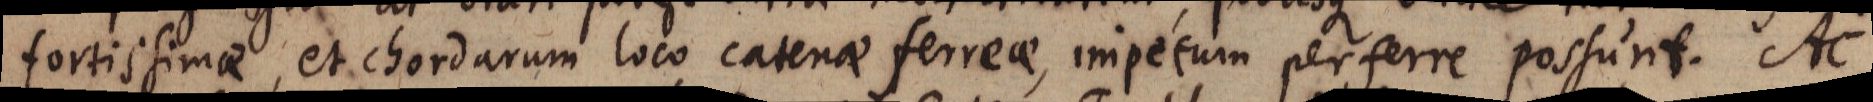
fortissimae, et chordarum loco catenae ferreae, impetum perferre possunt. Ac